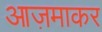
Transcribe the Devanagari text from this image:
आज़माकर